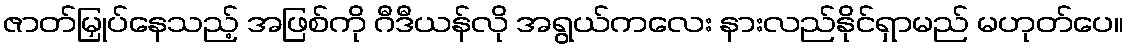
ဇာတ်မြှုပ်နေသည့် အဖြစ်ကို ဂီဒီယန်လို အရွယ်ကလေး နားလည်နိုင်ရှာမည် မဟုတ်ပေ။